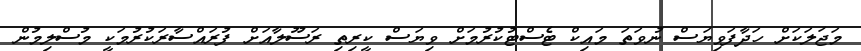
މަޖަލަކަށް ހަދާފަވިޔަސް ނުވަތަ މައިކް ޓެސްޓުކުރުމަށް ވިޔަސް ކީރިތި ރަސޫލާއަށް ފުރައްސާރަކުރުމަކީ މުސްލިމުން